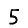
Digit: 5